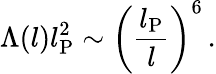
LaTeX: \Lambda(l)l_{\mathrm{P}}^{2}\sim\left(\frac{l_{\mathrm{P}}}{l}\right)^{6}\, .